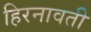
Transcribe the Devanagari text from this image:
हिरनावती